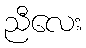
ညီလေး